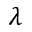
\lambda